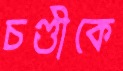
চণ্ডীকে